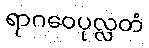
ရာဂဝေပုလ္လတံ